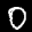
Label: 0